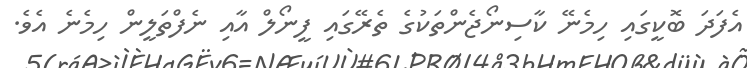
އެފަދަ ބޮކީގައި ހިމެނޭ ކާސިނޯޖެންތަކުގެ ތެރޭގައި ފީނޯލް އާއި ނެފްތަލީން ހިމެނެ އެވެ.